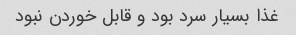
غذا بسیار سرد بود و قابل خوردن نبود